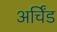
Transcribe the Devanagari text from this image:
अर्चिंड